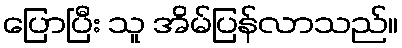
ပြောပြီး သူ အိမ်ပြန်လာသည်။